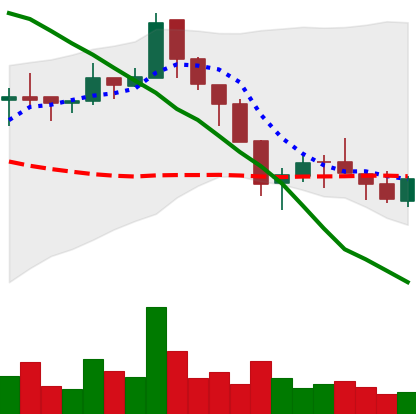
Ticker: ETC-USD
Chart end date: 2018-05-18
Forward return: -16.904%
Label: down_7plus